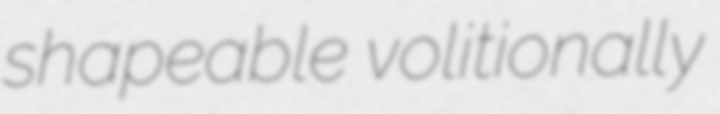
shapeable volitionally